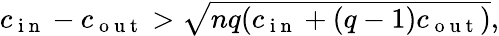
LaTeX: \begin{array}{r}{c_{\mathrm{~i~n~}}-c_{\mathrm{~o~u~t~}}>\sqrt{nq(c_{\mathrm{~i~n~}}+(q-1)c_{\mathrm{~o~u~t~}})},}\end{array}